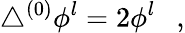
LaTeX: \triangle^{(0)}\phi^{l}=2\phi^{l}~~~,